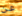
عن